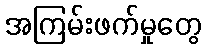
အကြမ်းဖက်မှုတွေ